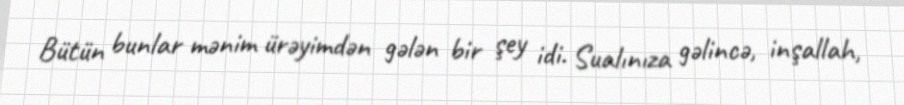
Bütün bunlar mənim ürəyimdən gələn bir şey idi. Sualınıza gəlincə, inşallah,